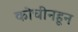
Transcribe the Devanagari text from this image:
कोचीनहून